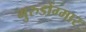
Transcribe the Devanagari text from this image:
गुरुडोंग्मार